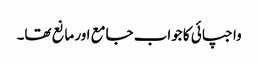
واجپائی کا جواب جامع اور مانع تھا۔